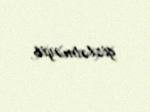
gizlətməyib.